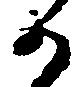
か